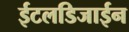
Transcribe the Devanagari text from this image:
ईटलडिजाईन